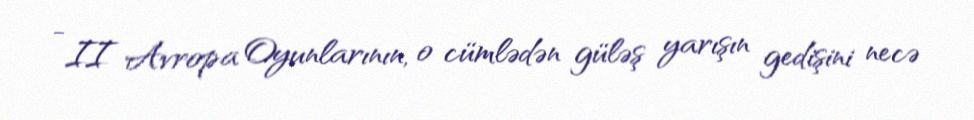
- II Avropa Oyunlarının, o cümlədən güləş yarışın gedişini necə